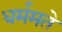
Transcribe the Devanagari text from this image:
धर्ममते